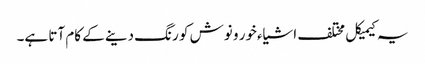
یہ کیمیکل مختلف اشیاءخور و نوش کو رنگ دینے کے کام آتا ہے۔